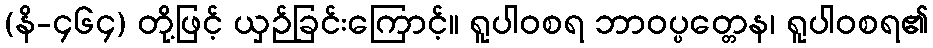
(နိ-၄၆၄) တို့ဖြင့် ယှဉ်ခြင်းကြောင့်။ ရူပါဝစရ ဘာဝပ္ပတ္တေန၊ ရူပါဝစရ၏